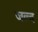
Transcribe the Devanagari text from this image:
जल्द